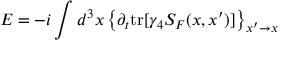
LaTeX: { \cal E } = - i \int d ^ { 3 } x \left\{ \partial _ { t } \mathrm { t r } [ \gamma _ { 4 } S _ { F } ( x , x ^ { \prime } ) ] \right\} _ { x ^ { \prime } \rightarrow x }